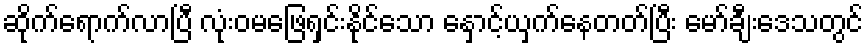
ဆိုက်ရောက်လာပြီ လုံးဝမဖြေရှင်းနိုင်သော နှောင့်ယှက်နေတတ်ပြီး မော်ချီးဒေသတွင်